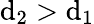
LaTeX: \mathrm{d}_{2}>\mathrm{d}_{1}